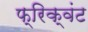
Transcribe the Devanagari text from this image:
फ्रिक्वंट